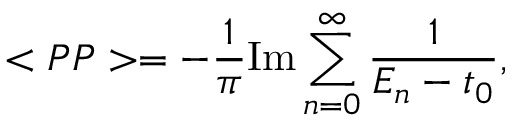
< P P > = - \frac { 1 } { \pi } \mathrm { I m } \sum _ { n = 0 } ^ { \infty } \frac { 1 } { E _ { n } - t _ { 0 } } ,